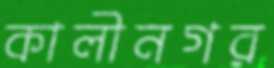
কালীনগর